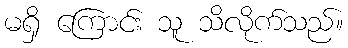
မရှိ ကြောင်း သူ သိလိုက်သည်။